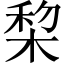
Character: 棃